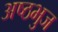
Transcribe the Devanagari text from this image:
अष्ठभुज